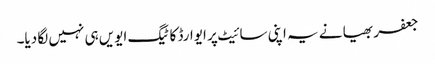
جعفر بھیا نے یہ اپنی سائیٹ پر ایوارڈ کا ٹیگ ایویں ہی نہیں لگا دیا۔